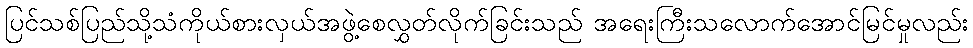
ပြင်သစ်ပြည်သို့သံကိုယ်စားလှယ်အဖွဲ့စေလွှတ်လိုက်ခြင်းသည် အရေးကြီးသလောက်အောင်မြင်မှုလည်း